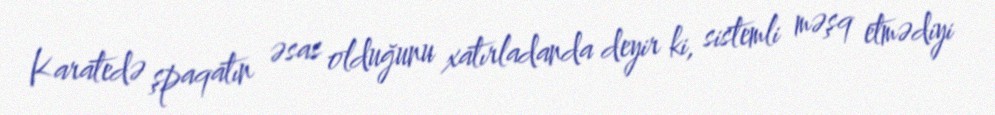
Karatedə şpaqatın əsas olduğunu xatırladanda deyir ki, sistemli məşq etmədiyi